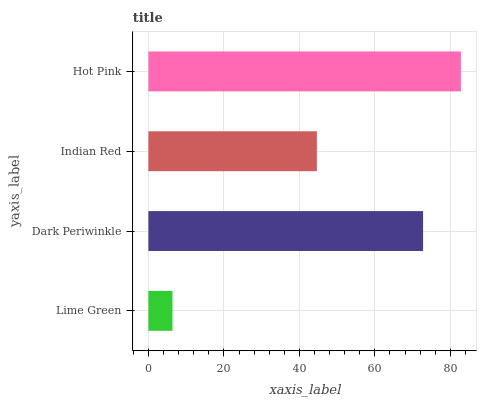
| yaxis_label | bars |
 | --- | --- |
 | Lime Green | 6.38 |
 | Dark Periwinkle | 72.8 |
 | Indian Red | 44.6 |
 | Hot Pink | 82.8 |